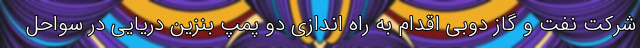
شرکت نفت و گاز دوبی اقدام به راه اندازی دو پمپ بنزین دریایی در سواحل